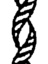
గ్ర